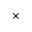
\times